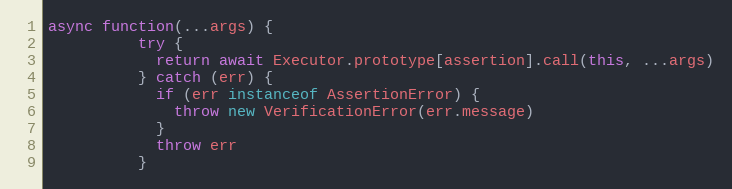
Language: JavaScript
async function(...args) {
          try {
            return await Executor.prototype[assertion].call(this, ...args)
          } catch (err) {
            if (err instanceof AssertionError) {
              throw new VerificationError(err.message)
            }
            throw err
          }